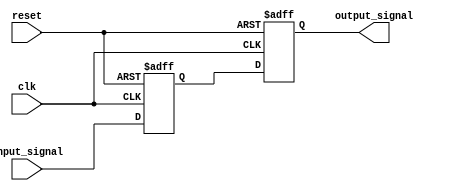
module TimingControlAndSync (
  input wire clk,            // Clock input
  input wire reset,          // Reset input
  input wire input_signal,   // Input signal to be synchronized
  output reg output_signal   // Synchronized output signal
);

reg input_sync_delayed;

always @(posedge clk or posedge reset) begin
  if (reset) begin
    input_sync_delayed <= 1'b0;
    output_signal <= 1'b0;
  end else begin
    input_sync_delayed <= input_signal;
    output_signal <= input_sync_delayed;
  end
end

endmodule